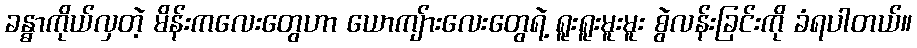
ခန္ဓာကိုယ်လှတဲ့ မိန်းကလေးတွေဟာ ယောကျ်ားလေးတွေရဲ့ ရူးရူးမူးမူး စွဲလန်းခြင်းကို ခံရပါတယ်။